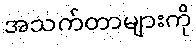
အသက်တာများကို